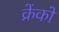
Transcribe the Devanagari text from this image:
क्रेंकों